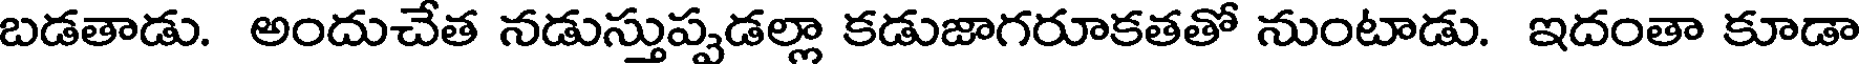
బడతాడు. అందుచేత నడుస్తుప్పడల్లా కడుజాగరూకతతో నుంటాడు. ఇదంతా కూడా